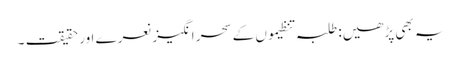
یہ بھی پڑھیں: طلبہ تنظیموں کے سحر انگیز نعرے اور حقیقت ۔